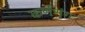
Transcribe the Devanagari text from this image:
कर्णश्रृंग